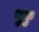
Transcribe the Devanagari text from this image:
थुकु